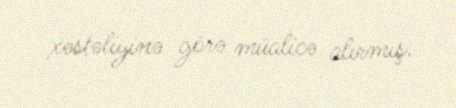
xəstəliyinə görə müalicə alırmış.